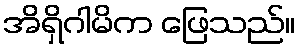
အိရှိဂါမိက ဖြေသည်။